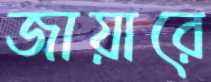
জায়ারে